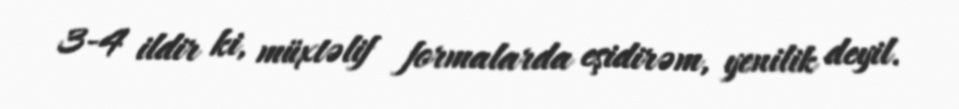
3-4 ildir ki, müxtəlif formalarda eşidirəm, yenilik deyil.